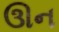
ઊન